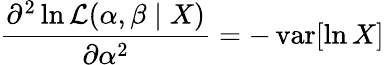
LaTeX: {\frac{\partial^{2}\ln{\mathcal{L}}(\alpha,\beta\mid X)}{\partial\alpha^{2}}}=-\operatorname{var}[\ln X]